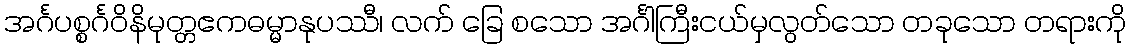
အင်္ဂပစ္စင်္ဂဝိနိမုတ္တဧကဓမ္မာနုပဿီ၊ လက် ခြေ စသော အင်္ဂါကြီးငယ်မှလွတ်သော တခုသော တရားကို